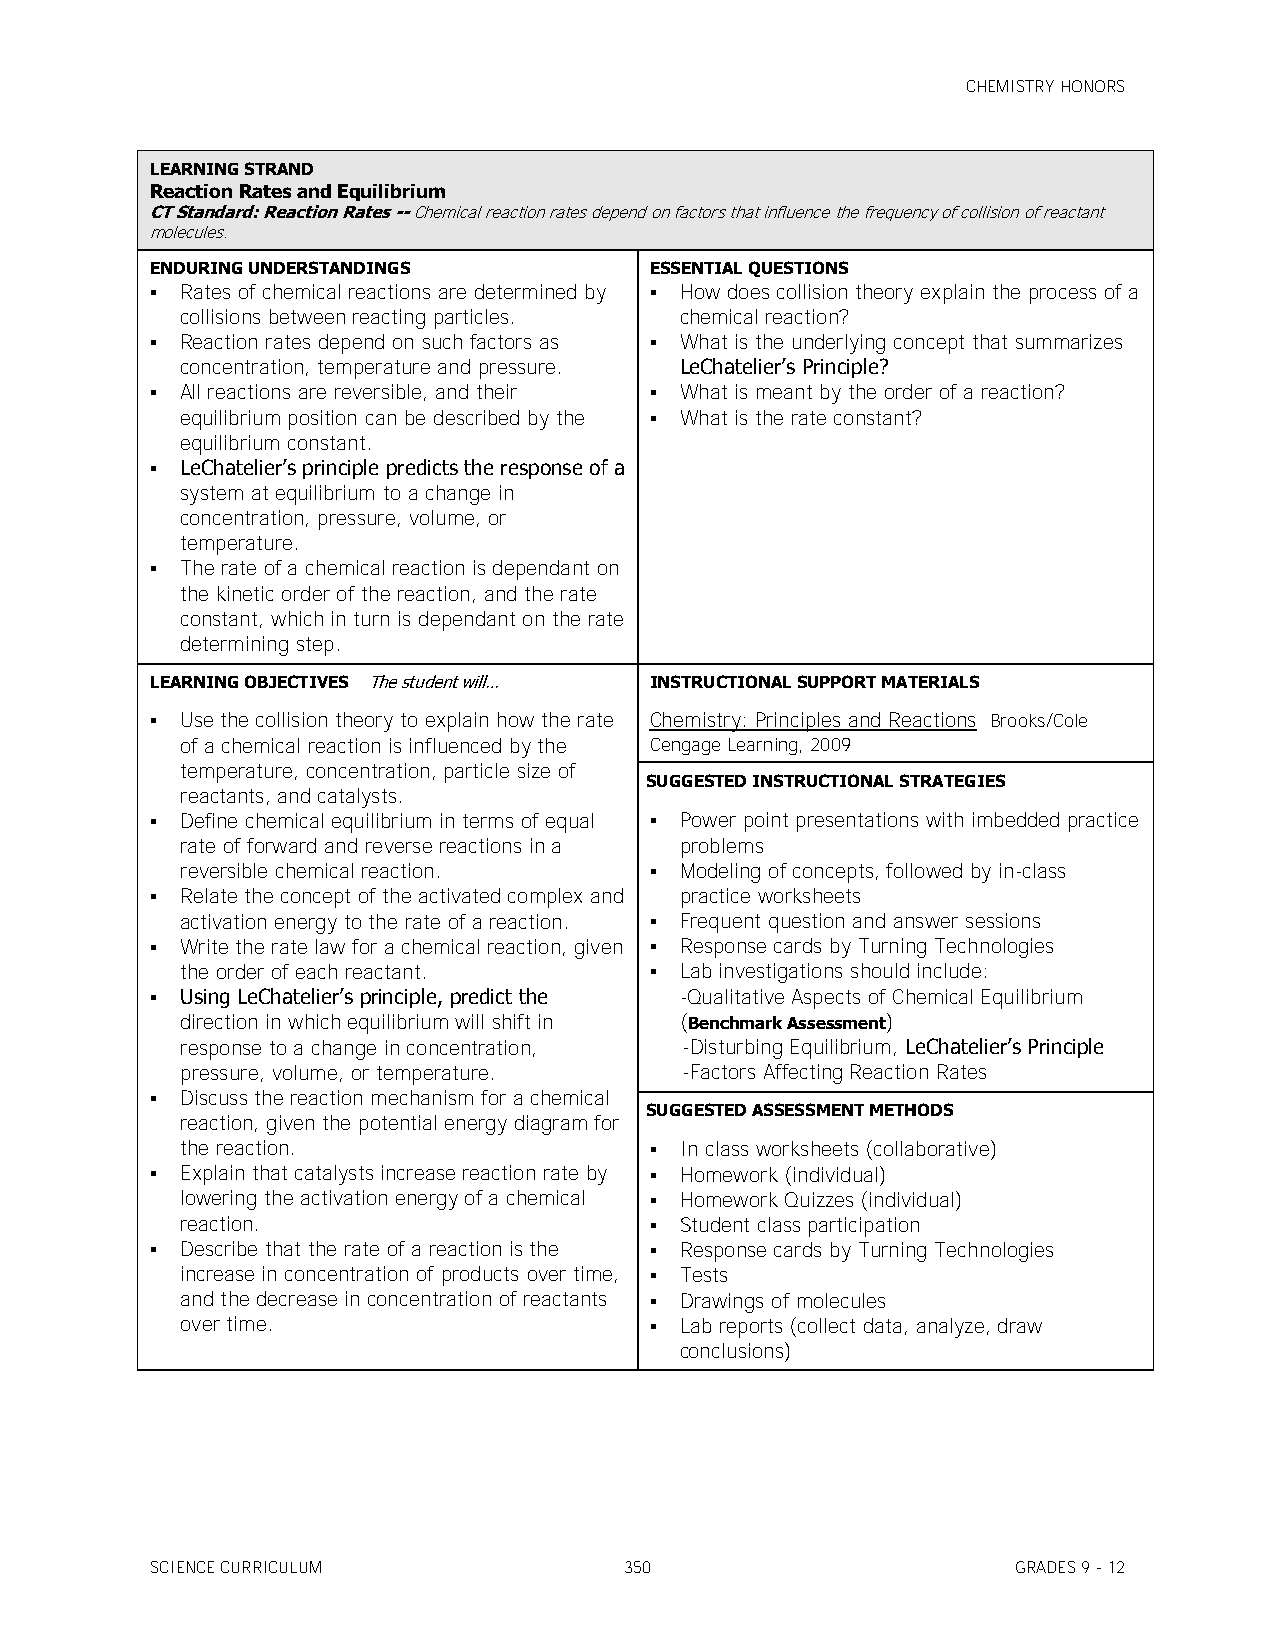
CHEMISTRY HONORS
 LEARNING STRAND
 Reaction Rates and Equilibrium
 CT Standard: Reaction Rates -- Chemical reaction rates depend on factors that influence the frequency of collision of reactant
 molecules.
 ENDURING UNDERSTANDINGS          ESSENTIAL QUESTIONS
  Rates of chemical reactions are determined by  How does collision theory explain the process of a
 collisions between reacting particles. chemical reaction?
  Reaction rates depend on such factors as  What is the underlying concept that summarizes
 concentration, temperature and pressure. LeChatelier’s Principle?
  All reactions are reversible, and their  What is meant by the order of a reaction?
 equilibrium position can be described by the  What is the rate constant?
 equilibrium constant.
  LeChatelier’s principle predicts the response of a
 system at equilibrium to a change in
 concentration, pressure, volume, or
 temperature.
  The rate of a chemical reaction is dependant on
 the kinetic order of the reaction, and the rate
 constant, which in turn is dependant on the rate
 determining step.
 LEARNING OBJECTIVES The student will… INSTRUCTIONAL SUPPORT MATERIALS
  Use the collision theory to explain how the rate Chemistry: Principles and Reactions Brooks/Cole
 of a chemical reaction is influenced by the Cengage Learning, 2009
 temperature, concentration, particle size of
 SUGGESTED INSTRUCTIONAL STRATEGIES
 reactants, and catalysts.
  Define chemical equilibrium in terms of equal  Power point presentations with imbedded practice
 rate of forward and reverse reactions in a problems
 reversible chemical reaction.   Modeling of concepts, followed by in-class
  Relate the concept of the activated complex and practice worksheets
 activation energy to the rate of a reaction.  Frequent question and answer sessions
  Write the rate law for a chemical reaction, given  Response cards by Turning Technologies
 the order of each reactant.     Lab investigations should include:
  Using LeChatelier’s principle, predict the -Qualitative Aspects of Chemical Equilibrium
 direction in which equilibrium will shift in (Benchmark Assessment)
 response to a change in concentration, -Disturbing Equilibrium, LeChatelier’s Principle
 pressure, volume, or temperature. -Factors Affecting Reaction Rates
  Discuss the reaction mechanism for a chemical
 SUGGESTED ASSESSMENT METHODS
 reaction, given the potential energy diagram for
 the reaction.                   In class worksheets (collaborative)
  Explain that catalysts increase reaction rate by  Homework (individual)
 lowering the activation energy of a chemical  Homework Quizzes (individual)
 reaction.                       Student class participation
  Describe that the rate of a reaction is the  Response cards by Turning Technologies
 increase in concentration of products over time,  Tests
 and the decrease in concentration of reactants  Drawings of molecules
 over time.                      Lab reports (collect data, analyze, draw
 conclusions)
 SCIENCE CURRICULUM             350                       GRADES 9 - 12